Statistical return of the lunatic asylum in Assam - 1912-1932
Year: 1912
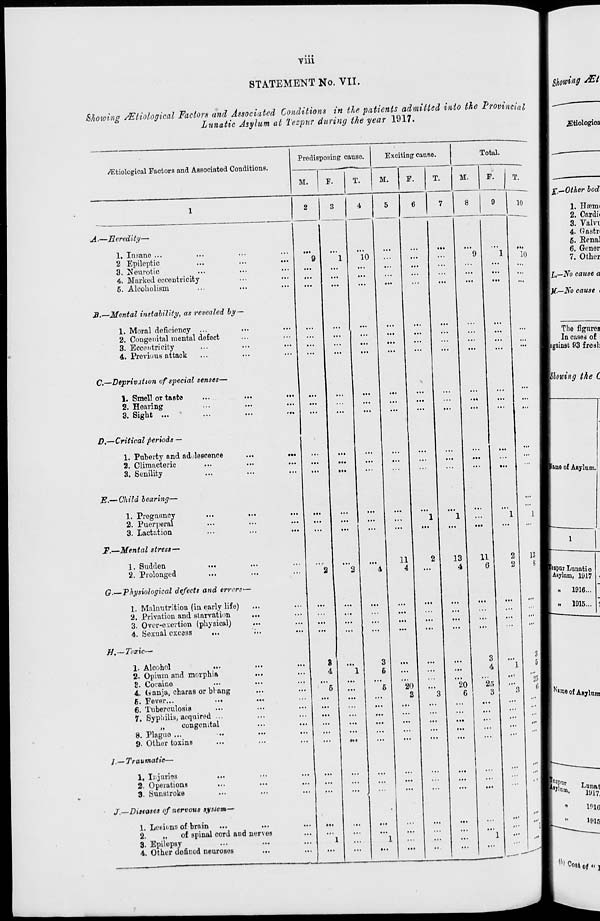
Till
STATEMENT No. VII.
Showing &t
Shoioing Mtiological Factors and Associated Conditions in the patients admitted into the Provincial
Lunatic Asylum at Tezpur during the year 1917.
jEtiologioa
i*Etiological Factors and Associated Conditions.
A-—Heredity—
1. Insane ...
2 Epileptic
3. Neurotic
4. Marked eccentricity
5. Alcoholism
B.—Mental instability, as revealed by—
1. Moral deficiency ...
2. Congenital mental defect
3. Eccentricity
4. Previous attack
C.—Deprivation of special senses—
1. Smell or taste
2. Hearing
3. Sight ...
D,—Critical periods —
1. Puberty and adolescence
2. Climacteric
3. Senility
E.—Child bearing—
1. Pregnancy
2. Puerperal
3. Lactation
':::
Mental stress—
1. Sudden
2. Prolonged
...
(?.—Physiological defects and errors
1. Malnutrition (in early life)
2. Privation and starvation
3. Over-exertion (physical)
4. Sexual excess
//.—Toxic—
1. Alcohol
2. Opium and morphia
8. Cocaine
4. (ianja^ charas or blang
5. Fever...
...
6. Tuberculosis
7. Syphilis, acquired ...
„
congenital
8. Plague ...
9. Other toxins
I.— Traumatic—
1. Injuries
2. Operations
3. Sunstroke
J.—Diseases of nervous system-^
1. Lesions of brain ...
...
2.
„
of spinal cord and nerves
3. Epilepsy
4. Other defined neuroses
.<•
Predisposing cause.
M.
T.
9
...
...
...
...
...
...
8
4
Exciting canso.
Total.
M.
F.
10
11
4
20
S
13
4
20
6
M.
F.
T.
8
9
10
11
6
3
4
2fi
3
10
13
8
3
5
"25
| E,-Other bod
1. Hcemi
2. Cardi«
3. Valw
4. Gastn
6. Eenal
6. Goner
7. Other
JL—No cause a
Ijf.—No cause <
The figures
In cases of
bgainst 93 fresb
Showing the C
(tome of Asylum.
pipurLunatio
1 Asylum, i<ji7
1916...
1915...
SaiQe of Asylum
Lunat
1917,
l^lG
U'15
,6, Co 8 i of((]